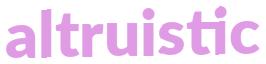
altruistic